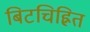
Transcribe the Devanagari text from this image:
बिटचिह्नित